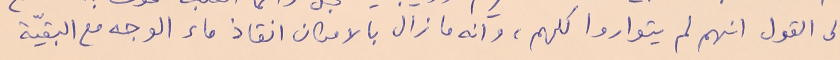
الى القول انهم لم يتواروا كلهم، وانه ما زال بالامكان انقاذ ماء الوجه مع البقيّة